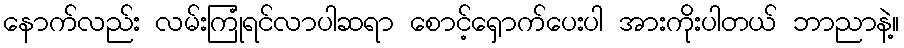
နောက်လည်း လမ်းကြုံရင်လာပါဆရာ စောင့်ရှောက်ပေးပါ အားကိုးပါတယ် ဘာညာနဲ့။